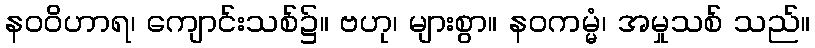
နဝဝိဟာရ၊ ကျောင်းသစ်၌။ ဗဟု၊ များစွာ။ နဝကမ္မံ၊ အမှုသစ် သည်။